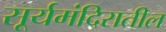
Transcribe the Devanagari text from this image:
सूर्यमंदिरातील